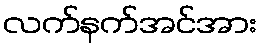
လက်နက်အင်အား